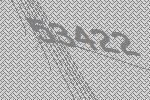
53422